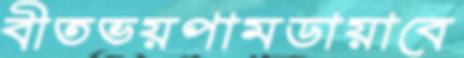
বীতভয়পামডায়াবে